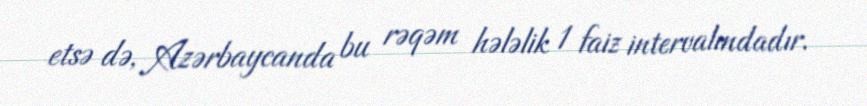
etsə də, Azərbaycanda bu rəqəm hələlik 1 faiz intervalındadır.